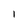
Character: 1